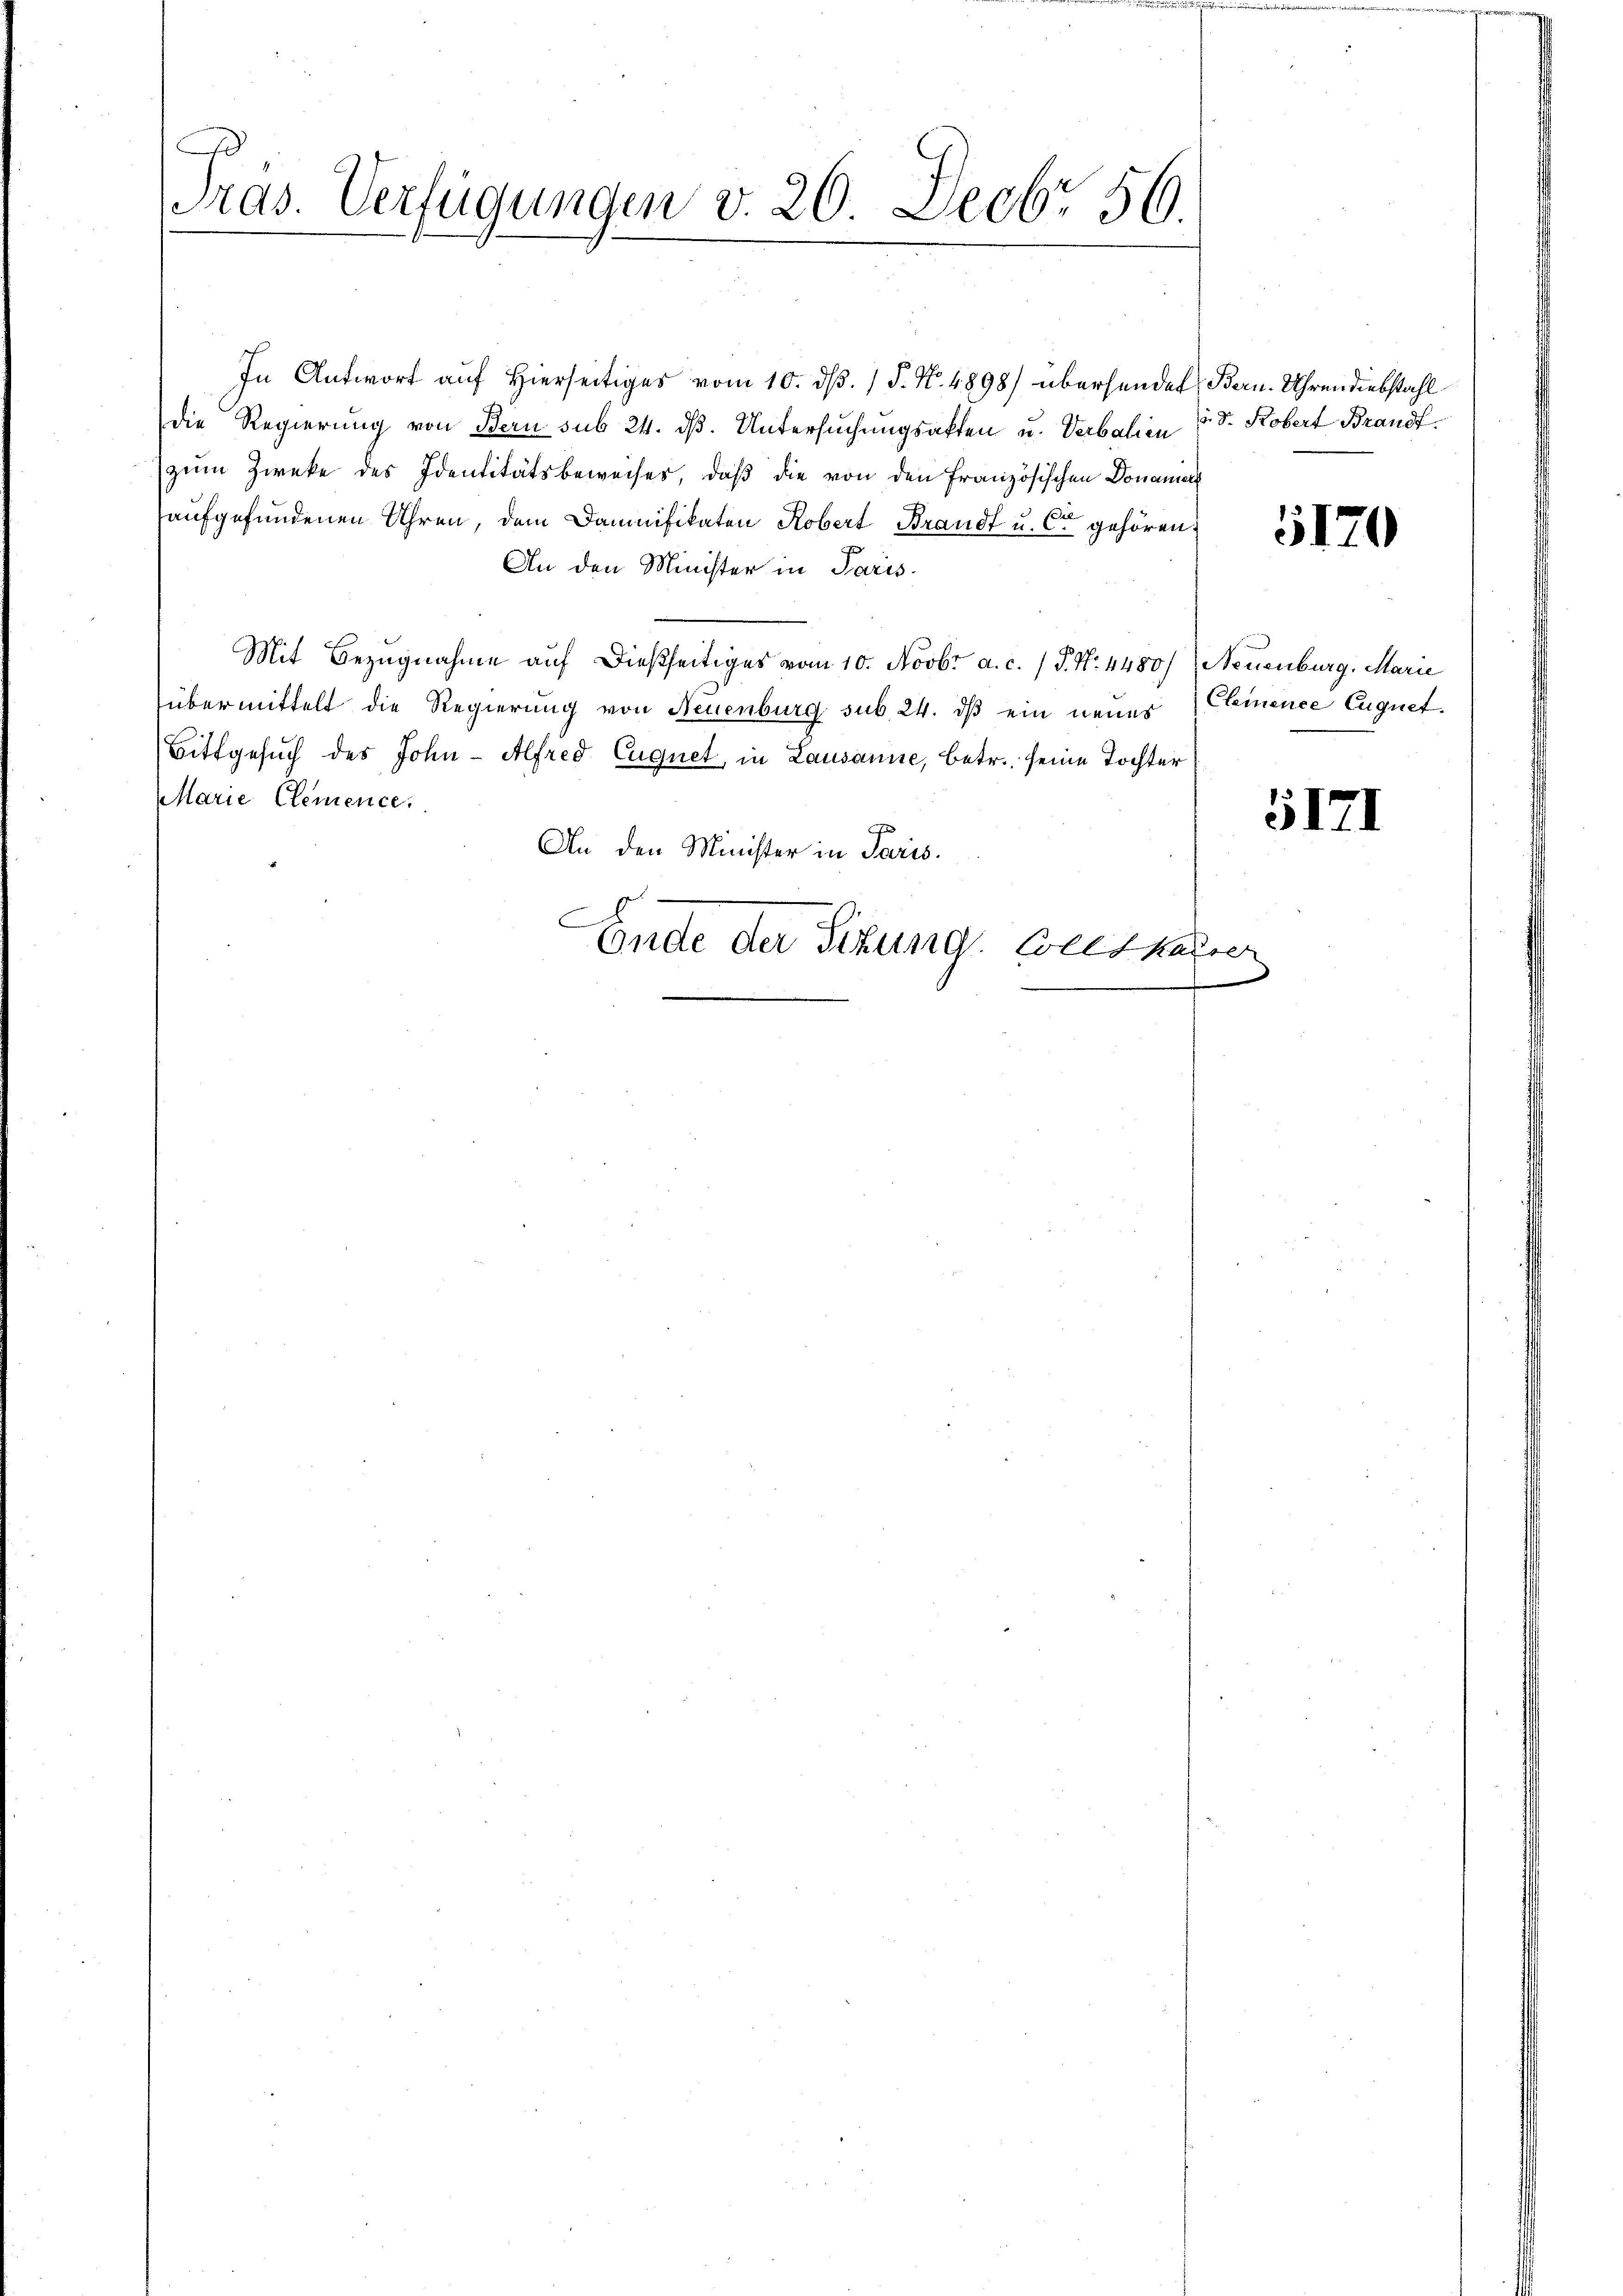
Ad
Pras. Verfügungen v. 20. Decbr 50.

In Antwort auf Hierseitiges vom 10. dβ. / P. N. 4898) übersendet Bern. Uhrendiebstahl
Die Regierung von Bern sub 24. dß. Untersuchungsakten u. Verbalien S. Kobert Brandf.
zŭm Zwecke des Identitätsbeweises, daβ die von den Französischen Donania
aufgefundenen Uhren, dem Damnifikaten Kobert Brandt u. Cie gehören,
An den Minister in Paris.
Mit Bezugnahme auf dießseitiges vom 10. Novbr. a. c. (T. N. 4480) Neuenburg, Marie
übermittelt die Regierung von Neuenburg sub. 24. ds ein neues
Bittgesuch des John - Alfred Euquet, in Lausanne, betr. seine Tochter
Marie Clemence.
An den Minister in Paris.
Ende der Sitzung. Weisharrer

5120

Cleinence Euquet.

5171